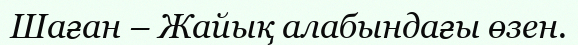
Шаған – Жайық алабындағы өзен.